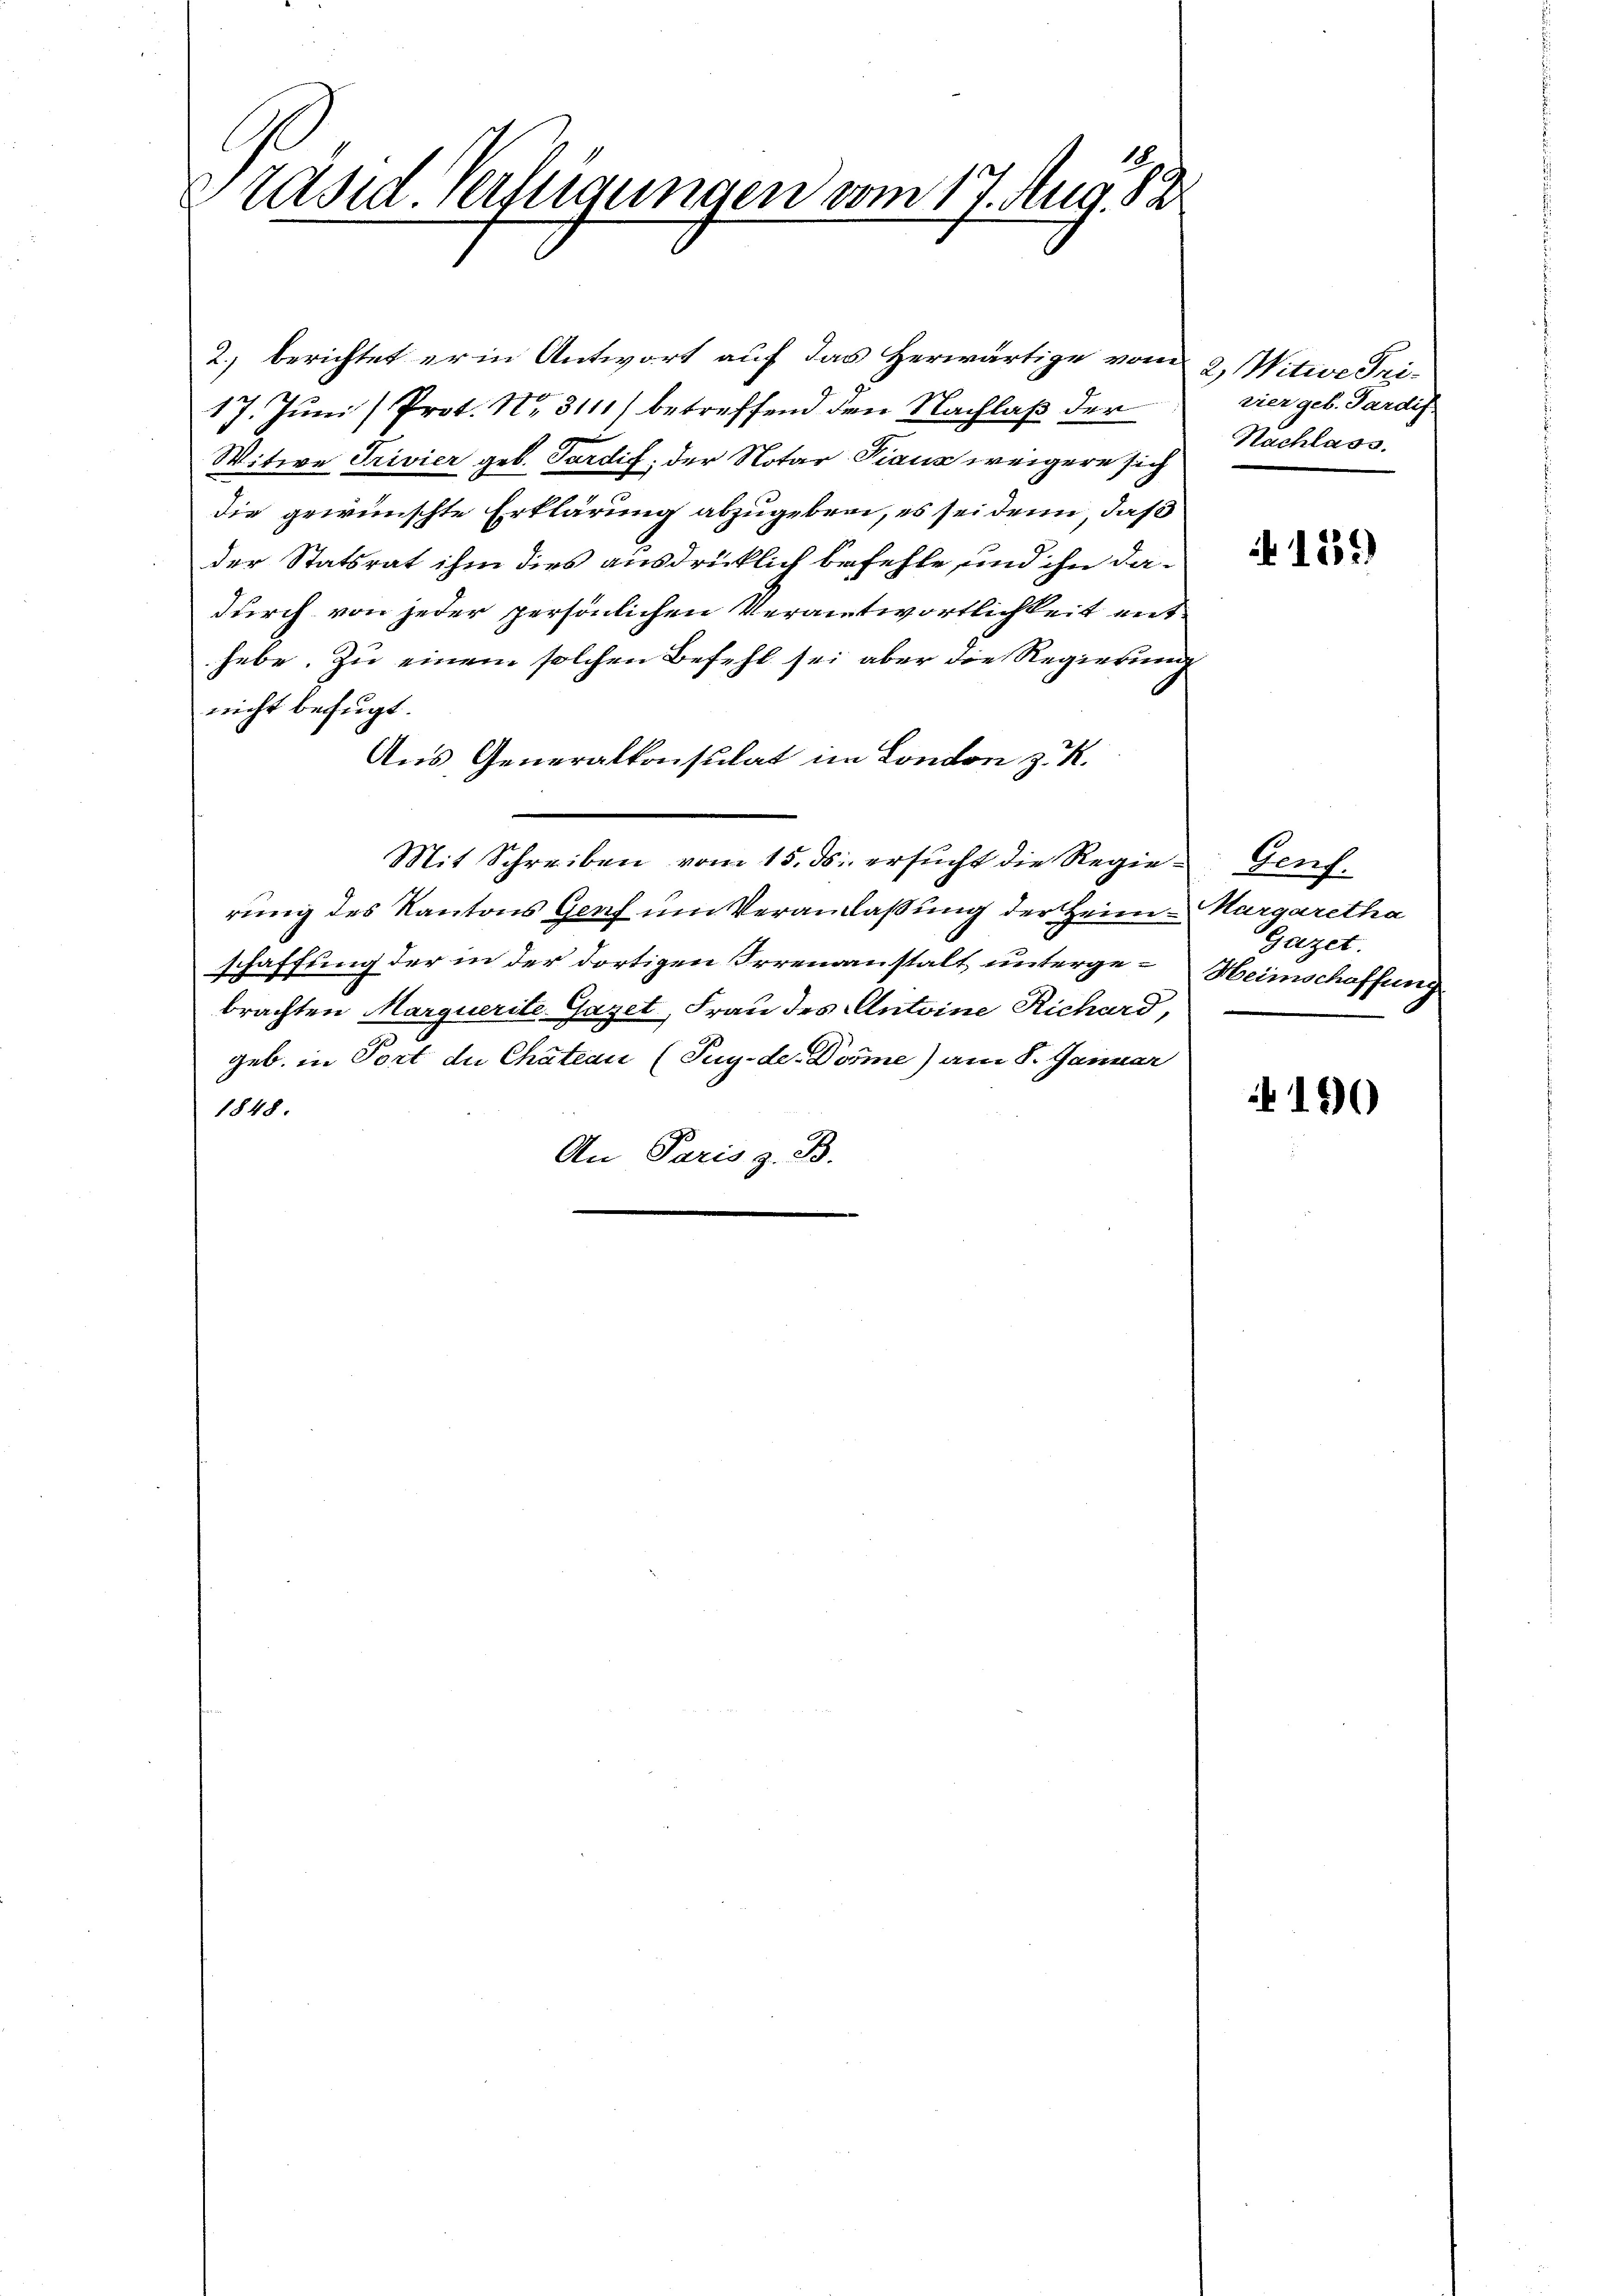
zräsid. Verfügungen vom 17. Aug. 182

2.) berichtet er in Antwort auf das Herwärtige vom
17. Juni (Prot. No. 3111) betreffend den Nachlaß der
Witwe Trivier geb. Pardis, der Notar Traus weigere sich
die gewünschte Erklärung abzugebrei, es sei denn, daß
der Statsrat ihm dies ausdrücklich befehle, und ihn da-
durch von jeder persönlichen Verantwortlichkeit enthebe. Zu einem solchen Befehl sei aber die Regierung
nicht befugt:
Aus, Generalkonsulat im London z. R.
Mit Schreiben vom 15. ds. ersŭcht die Regie-Genf.
rung des Kantons Genf um Veranlassung der Heim - Nargaretha
schaffung der in der dortigen Irrenanstalt unterge-Heimschaffung
brachten Marquerite Gazet, Frau des Antoine Richard,
geb. in Tort de Chateau (Tug. de. Dosme) am 8. Januar
1848.
An Paris z. B.

2, Witwe Spizier geb. Sardif
Nachlass.

151)

Gazet.

190